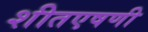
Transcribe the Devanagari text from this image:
शीतएषणी